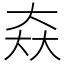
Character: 𡘙